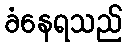
ခံနေရသည်